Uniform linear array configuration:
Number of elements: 24
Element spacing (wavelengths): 0.25
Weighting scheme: binomial
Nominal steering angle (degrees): -15
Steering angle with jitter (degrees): -16.406
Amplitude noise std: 0.05
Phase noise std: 0.05

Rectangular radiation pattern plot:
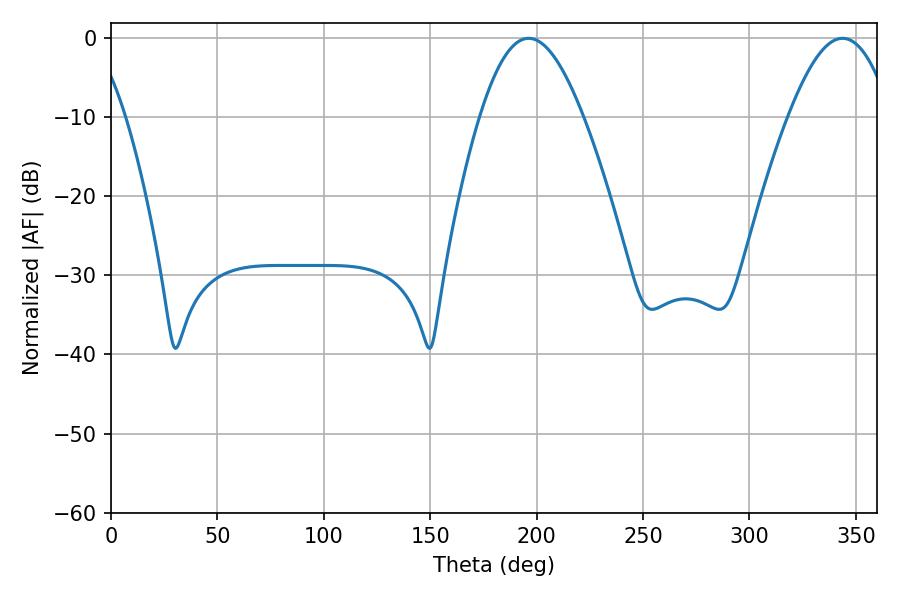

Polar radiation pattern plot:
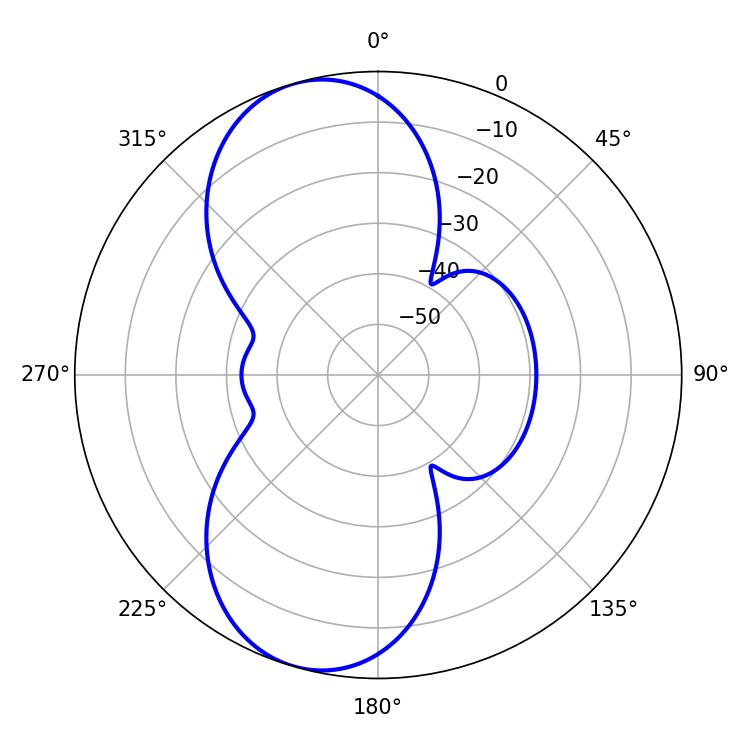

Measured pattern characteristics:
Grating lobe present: FALSE
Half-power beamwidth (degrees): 26.46
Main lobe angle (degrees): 196.2